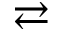
\rightleftarrows